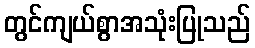
တွင်ကျယ်စွာအသုံးပြုသည်